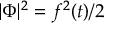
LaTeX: | \Phi | ^ { 2 } = f ^ { 2 } ( t ) / 2